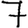
Digit: 7